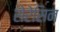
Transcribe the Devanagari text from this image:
सेरेसिन